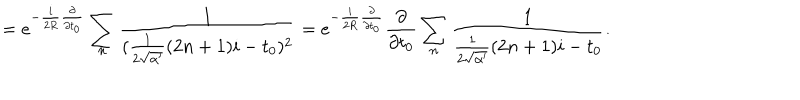
= e ^ { - \frac { i } { 2 R } \frac { \partial } { \partial t _ { 0 } } } \sum _ { n } \frac { 1 } { ( \frac { 1 } { 2 \sqrt { \alpha ^ { \prime } } } ( 2 n + 1 ) i - t _ { 0 } ) ^ { 2 } } = e ^ { - \frac { i } { 2 R } \frac { \partial } { \partial t _ { 0 } } } \frac { \partial } { \partial t _ { 0 } } \sum _ { n } \frac { 1 } { \frac { 1 } { 2 \sqrt { \alpha ^ { \prime } } } ( 2 n + 1 ) i - t _ { 0 } } .